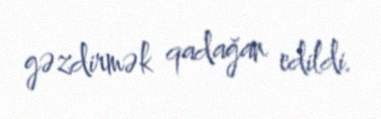
gəzdirmək qadağan edildi.